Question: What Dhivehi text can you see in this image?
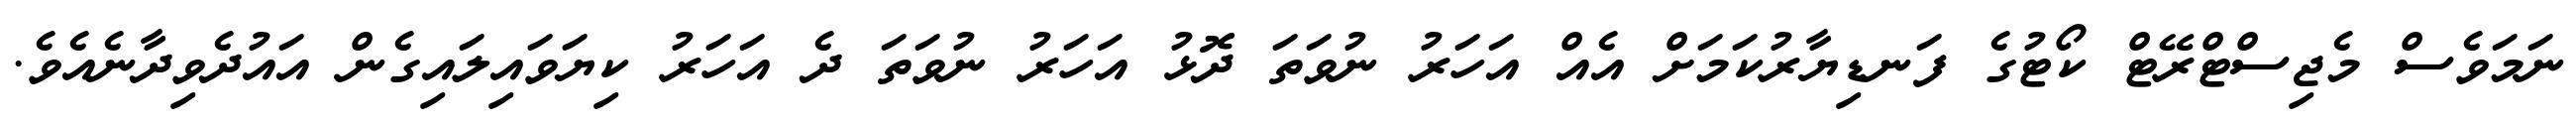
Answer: ނަމަވެސް މެޖިސްޓްރޭޓް ކޯޓުގެ ފަނޑިޔާރުކަމަށް އެއް އަހަރު ނުވަތަ ދޮޅު އަހަރު ނުވަތަ ދެ އަހަރު ކިޔަވައިލައިގެން އައުދެވިދާނެއެވެ.